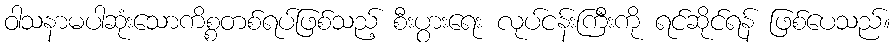
ဝါသနာမပါဆုံးသောကိစ္စတစ်ရပ်ဖြစ်သည့် စီးပွားရေး လုပ်ငန်းကြီးကို ရင်ဆိုင်ရန် ဖြစ်ပေသည်။